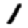
Digit: 1